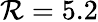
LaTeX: \mathcal{R}=5.2